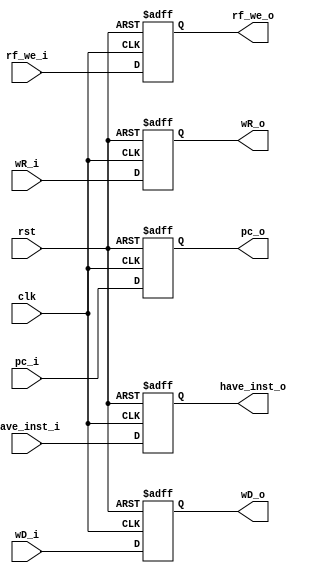
module MEM_WB (
    input wire clk,
    input wire rst,
    
    input wire rf_we_i,
    input wire [31:0] wD_i,
    input wire [4:0] wR_i,
    
    output reg rf_we_o,
    output reg [31:0] wD_o,
    output reg [4:0] wR_o,
    
    input wire [31:0] pc_i,
    output reg [31:0] pc_o,
    
    input wire have_inst_i,
    output reg have_inst_o
);

always @ (posedge clk or posedge rst) begin
    if (rst) begin
        pc_o <= 32'h00000000;
        have_inst_o <= 1'b0;
    end
    else begin
        pc_o <= pc_i;
        have_inst_o <= have_inst_i;
    end
end

always @ (posedge clk or posedge rst) begin
    if (rst) begin
        rf_we_o <= 1'b0;
        wD_o <= 32'b0;
        wR_o <= 5'b0;
    end
    else begin
        rf_we_o <= rf_we_i;
        wD_o <= wD_i;
        wR_o <= wR_i;
    end
end

endmodule